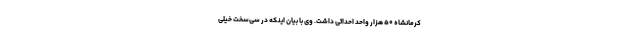
کرمانشاه ۵۰ هزار واحد احداثی داشت. وی با بیان اینکه در سی‌سخت خیلی